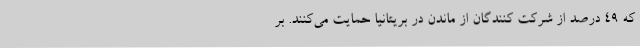
که ۴۹ درصد از شرکت کنندگان از ماندن در بریتانیا حمایت می‌کنند. بر